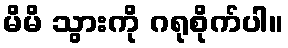
မိမိ သွားကို ဂရုစိုက်ပါ။